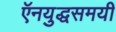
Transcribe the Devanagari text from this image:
ऍनयुद्धसमयी